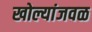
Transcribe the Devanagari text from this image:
खोल्यांजवळ